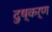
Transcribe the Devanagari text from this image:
दुष्कर्ण